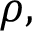
{ \boldsymbol { \rho } } ,